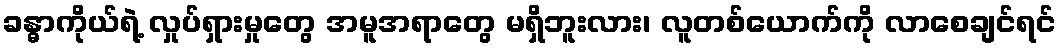
ခန္ဓာကိုယ်ရဲ့ လှုပ်ရှားမှုတွေ အမူအရာတွေ မရှိဘူးလား၊ လူတစ်ယောက်ကို လာစေချင်ရင်